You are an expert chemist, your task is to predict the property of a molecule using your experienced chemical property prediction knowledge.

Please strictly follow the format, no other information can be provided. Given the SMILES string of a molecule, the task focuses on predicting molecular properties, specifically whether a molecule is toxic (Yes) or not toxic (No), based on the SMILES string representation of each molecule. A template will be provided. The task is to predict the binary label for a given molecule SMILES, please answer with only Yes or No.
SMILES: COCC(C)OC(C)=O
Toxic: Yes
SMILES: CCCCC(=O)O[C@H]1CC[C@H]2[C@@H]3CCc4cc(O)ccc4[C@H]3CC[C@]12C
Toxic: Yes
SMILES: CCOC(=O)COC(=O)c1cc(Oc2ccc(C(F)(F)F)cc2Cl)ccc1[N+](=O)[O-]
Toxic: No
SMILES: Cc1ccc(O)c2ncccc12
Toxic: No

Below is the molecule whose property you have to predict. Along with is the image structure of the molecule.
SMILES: CC[C@H]1OC(=O)[C@H](C)C(=O)[C@H](C)[C@@H](O[C@@H]2O[C@H](C)C[C@H](N(C)C)[C@H]2O)[C@](C)(OC)C[C@@H](C)C(=O)[C@H](C)[C@H]2N(CCCCn3cnc(-c4cccnc4)c3)C(=O)O[C@]12C
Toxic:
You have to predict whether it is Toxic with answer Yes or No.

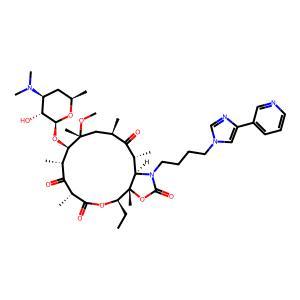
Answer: No